Vital statistics of India. Vol. IV, Annual returns from 1871 to 1876. British Army of India, Native Army and jails of Bengal
Year: 1871
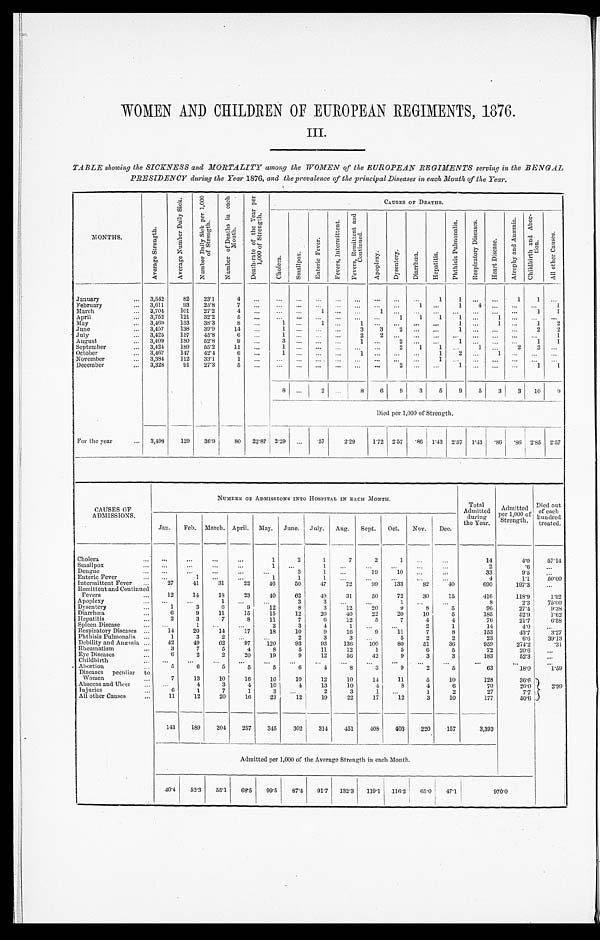
WOMEN AND CHILDREN OF EUROPEAN REGIMENTS, 1876.
III.
TABLE showing the SICKNESS and MORTALITY among the WOMEN of the EUROPEAN REGIMENTS serving in the BENGAL
PRESIDENCY during the Year 1876, and the prevalence of the principal Diseases in each Month of the Year.
MONTHS.
A v e r a g e S t r e n g t h .
A v e r a g e N u m b e r D a i l y S i c k . N u m b e r D a i l y S i c k p e r 1 , 0 0 0
o f S t r e n g t h .
N u m b e r o f D e a t h s i n e a c h
Mo n t h .
D e a t h - r a t e o f t h e Y e a r p e r
1 , 0 0 0 o f S t r e n g t h .
C A U S E S O F D E A T H S .
C h o l e r a .
S m a l l p o x .
Ent er i c Fever .
F e v e r s , I n t e r m i t t e n t . F e v e r s , R e m i t t e n t a n d
C o n t i n u e d .
A p o p l e x y . D y s e n t e r y .
D i a r r h œ a .
H e p a t i t i s .
P h t h i s i s P u l m o n a l i s .
R e s p i r a t o r y D i s e a s e s .
H e a r t D i s e a s e .
A t r o p h y a n d A n æ m i a .
C h i l d b i r t h a n d A b o r -
t i o n .
A l l o t h e r C a u s e s .
January
3, 542
82 23. 1
4
1 1
1 1
February
3,611
93 25. 8
7
1
1 4
1
March
3, 704
101 27. 2
4
1
1
1 1
April
3,752 121 32. 2
5
1
1 1 1
1
May
3,469 133 38. 3 8
1
1
1
1
1
1 2
June
3,457 138 39. 9
14
1
3 3 2
1
2 2
July
3,425 157 45. 8
6
1
2
2
1
August
3,409 180 52. 8 9
3
1
2
1
1 1
September
3,424 189 55. 2
11
1
2 1 1
1
2 3
October
3, 467
147 42. 4
6
1
1
1 2
1
November
3, 384
112 33. 1
1
1
December
3,328
9 1
27. 3
5
2
1
1 1
8
2
8 6 9 3 5 9 5 3
3 10 9
Died per 1,000 of Strength.
For the year
3,498 129 36. 9
80 22. 87 2 . 2 9
. 5 7
2 . 2 9
1 . 7 2 2 . 5 7
.86 1.43 2 . 5 7 1 . 4 3
. 8 6
. 8 6 2 . 8 5
2 . 5 7
CAUSES OF
ADMISSIONS.
NUMBER OF ADMISSIONS INTO HOSPITAL IN EACH MONTH.
Total
Admitted
during
the Year.
Admitted
per 1,000 of
Strength.
Died out
of each
hundred
treated.
Jan. Feb. March. April. May. June. July. Aug. Sept. Oct. Nov. Dec.
Cholera
1
2
1
7
2
1
14
4.0
57.14
Smallpox
1
1
2
. 6
Dengue
3
1
19
10
33
9. 5
Enteric Fever
1
1
1
1
4
1.1
50. 00
Intermittent Fever
27
41
31
22
46
50
47
72
99 133
82
40
690
197. 3
Remittent and Continued
Fevers
12
14
18
23
40
62
49
31
50
72
30
15
416
118. 9
1 . 9 2
Apoplexy
1
3
3
1
8
2. 3
75. 00
Dysentery
1
3
6
9
12
8
3
12
20
9
8
5
96
27. 4
9.38
Di arrhœa
6
9
11
15
15
12
20
40
22
20
10
5
185
52. 9
1.62
Hepatitis
2
3
7
8
11
7
6
12
5
7
4
4
76
21. 7
6.58
Spleen Disease
1
2
3
4
1
2
1
14
4. 0
R e s p i r a t o r y D i s e a s e s
14
20
14
17
18
10
9
16
9
11
7
8
153
43. 7
3 . 2 7
Phthisis Pulmonalis
1
3 2
2
3 3
5
2
2
23
6.6
39. 13
Debility and Anæmia
42
49
62
97 120
93
93 136
100
80
51
36
959
274. 2
.31
Rheumatism
3
7
5
4
8
5
11
12
1
5
6
5
72
20. 6
Eye Diseases
6
2
2
20
19
9
12
56
42
9
3
3
183
52. 3
Childbirth
Abortion
5
6
5
5
5
6
4
8
3
9
2
5
63
18. 0
1 . 5 9
Diseases peculiar to
W o m e n
7
1 3
1 0
1 6
1 0
1 0
1 2 1 0
1 4
1 1
5
1 0
1 2 8
3 6 . 6
2.99
Abscess and Ulcer
4
3
4
10
4
13
10
4
8
4
6
70
2 0 . 0
Injuries
6
1
7
1
3
2
3 1
1
2
27
7. 7
All other Causes
11
12
20
16
23
12
19
22
17
12
3
10
177
50. 6
143 189 204 257 345 302 314 451 408 403 220 157
3,393
Admitted per 1,000 of the Average Strength in each Month.
40. 4
52. 3
55. 1
68. 5
99. 5
87. 4
91.7 132. 3
119.1 116. 2
65. 0
47. 1
9 7 0 . 0